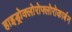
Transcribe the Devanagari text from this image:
हाइड्रोक्लोरोफ्लोरोकार्बन